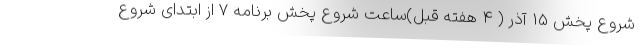
شروع پخش 15 آذر ( 4 هفته قبل)ساعت شروع پخش برنامه 7 از ابتدای شروع